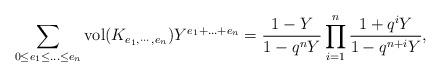
LaTeX: \begin{align*} \sum_{\substack{0\leq e_1\leq\ldots\leq e_n}}{\rm vol}(K_{e_1,\cdots, e_n})Y^{e_1+\ldots+e_n}= \frac{1-Y}{1-q^nY} \prod_{i=1}^n\frac{1+q^iY}{1-q^{n+i}Y},\end{align*}